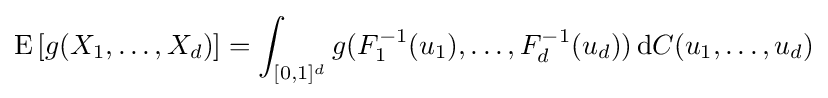
\operatorname {E} \left[g(X_{1},\dots ,X_{d})\right]=\int _{[0,1]^{d}}g(F_{1}^{-1}(u_{1}),\dots ,F_{d}^{-1}(u_{d}))\,\mathrm {d} C(u_{1},\dots ,u_{d})